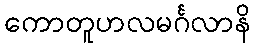
ကောတူဟလမင်္ဂလာနိ